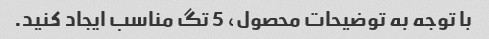
با توجه به توضیحات محصول، 5 تگ مناسب ایجاد کنید.